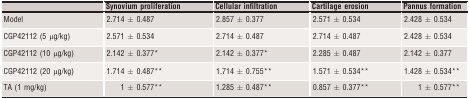
<table><thead><tr><td></td><td><b>Synovium proliferation</b></td><td><b>Cellular infiltration</b></td><td><b>Cartilage erosion</b></td><td><b>Pannus formation</b></td></tr></thead><tbody><tr><td>Model</td><td>2.714 ± 0.487</td><td>2.857 ± 0.377</td><td>2.571 ± 0.534</td><td>2.428 ± 0.534</td></tr><tr><td>CGP42112 (5 μg/kg)</td><td>2.571 ± 0.534</td><td>2.714 ± 0.487</td><td>2.714 ± 0.487</td><td>2.428 ± 0.534</td></tr><tr><td>CGP42112 (10 μg/kg)</td><td>2.142 ± 0.377*</td><td>2.142 ± 0.377*</td><td>2.285 ± 0.487</td><td>2.142 ± 0.377</td></tr><tr><td>CGP42112 (20 μg/kg)</td><td>1.714 ± 0.487**</td><td>1.714 ± 0.755**</td><td>1.571 ± 0.534**</td><td>1.428 ± 0.534**</td></tr><tr><td>TA (1 mg/kg)</td><td>1 ± 0.577**</td><td>1.285 ± 0.487**</td><td>0.857 ± 0.377**</td><td>1 ± 0.577**</td></tr></tbody></table>